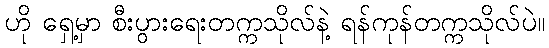
ဟို ရှေ့မှာ စီးပွားရေးတက္ကသိုလ်နဲ့ ရန်ကုန်တက္ကသိုလ်ပဲ။